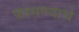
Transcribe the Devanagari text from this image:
फासण्याचे